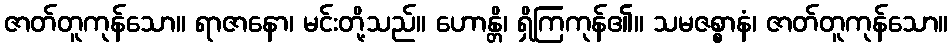
ဇာတ်တူကုန်သော။ ရာဇာနော၊ မင်းတို့သည်။ ဟောန္တိ၊ ရှိကြကုန်၏။ သမဇစ္စာနံ၊ ဇာတ်တူကုန်သော။